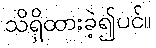
သိရှိထားခဲ့၍ပင်။